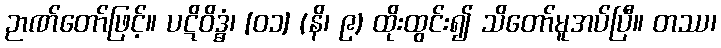
ဉာဏ်တော်ဖြင့်။ ပဋိဝိဒ္ဓံ၊ [၀၁] (နိ၊ ၉) ထိုးထွင်း၍ သိတော်မူအပ်ပြီ။ တဿ၊